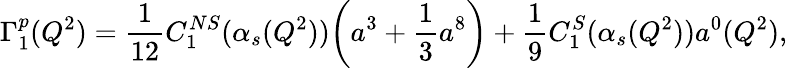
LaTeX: \Gamma_{1}^{p}(Q^{2})=\frac{1}{12}C_{1}^{NS}(\alpha_{s}(Q^{2}))\bigg(a^{3}+\frac{1}{3}a^{8}\bigg)+\frac{1}{9}C_{1}^{S}(\alpha_{s}(Q^{2}))a^{0}(Q^{2}),